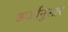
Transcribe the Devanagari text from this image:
अर्जानुसार